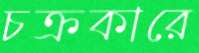
চক্রকারে